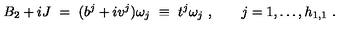
B _ { 2 } + i J \ = \ ( b ^ { j } + i v ^ { j } ) \omega _ { j } \ \equiv \ t ^ { j } \omega _ { j } \ , \qquad j = 1 , \ldots , h _ { 1 , 1 } \ .